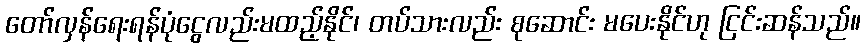
တော်လှန်ရေးရန်ပုံငွေလည်းမထည့်နိုင်၊ တပ်သားလည်း စုဆောင်း မပေးနိုင်ဟု ငြင်းဆန်သည်။